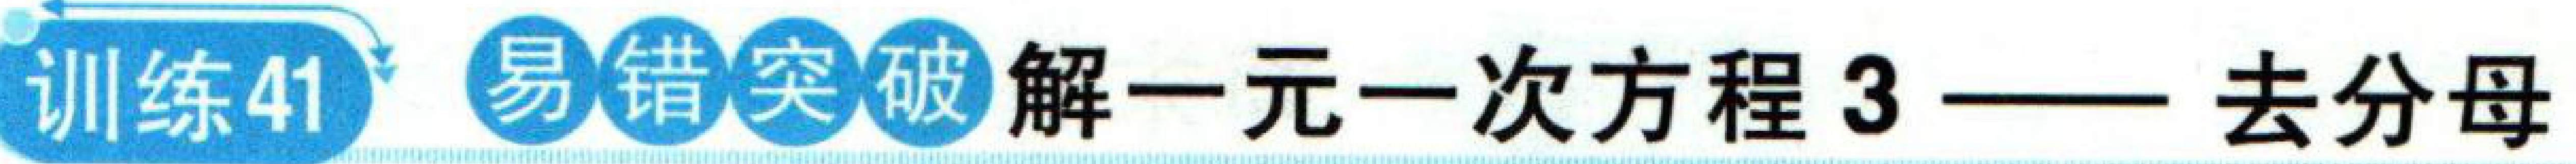
训练41  易错突破 解一元一次方程3——去分母